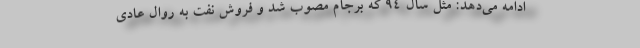
ادامه می‌دهد: مثل سال 94 كه برجام مصوب شد و فروش نفت به روال عادی